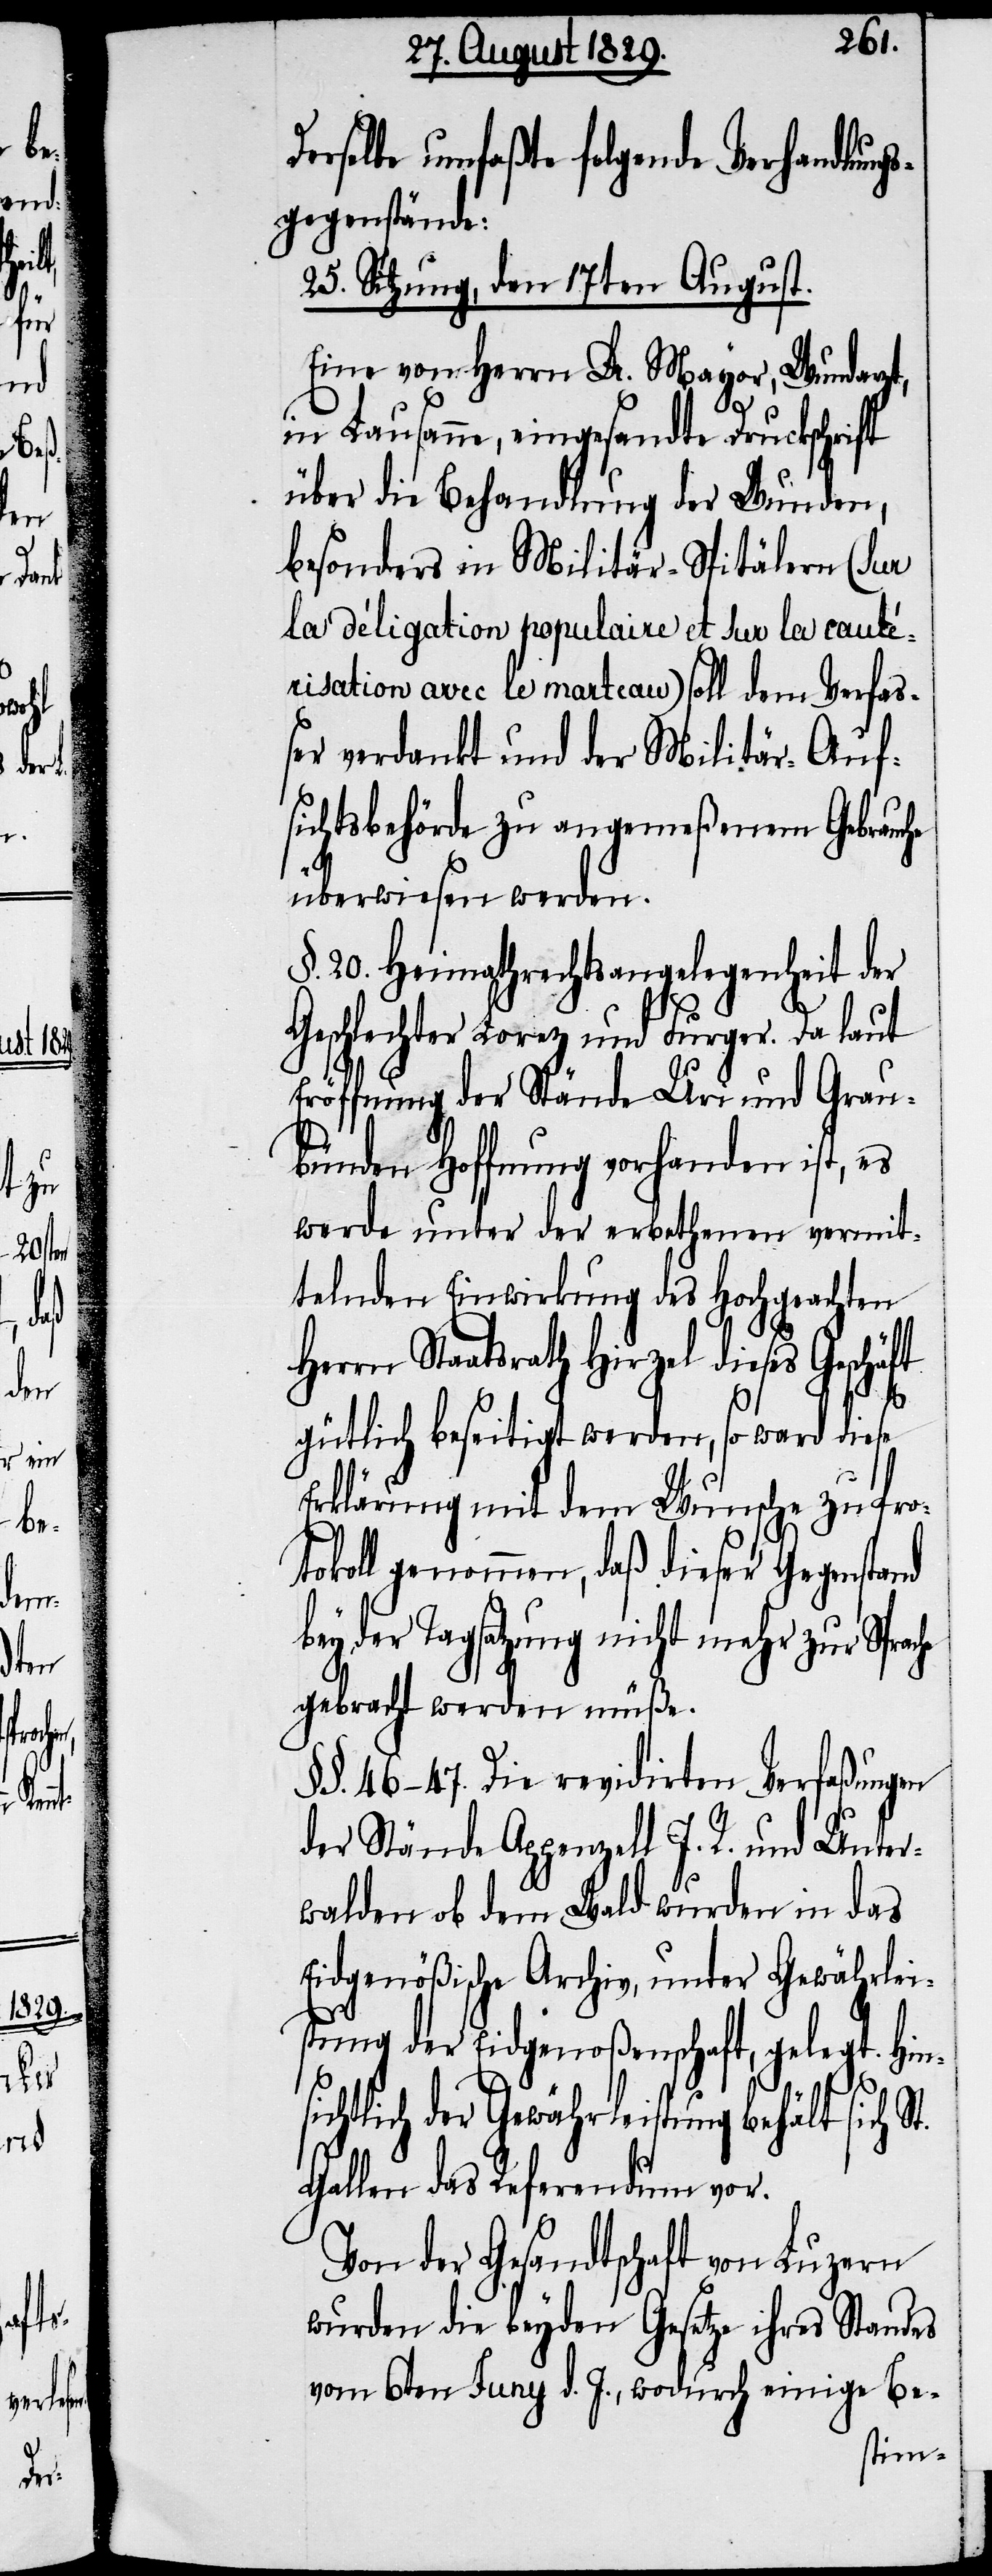
si¬

St.

Derselbe umfaßte folgende Verhandlung¬
sgegenstände:
25. Sitzung, den 17ten August.
Eine von Herrn Dr. Mayor, Wundarzt,
in Lausanne, eingesandte Druckschrift
über die Behandlung der Wunden,
besonders in Militär-Spitälern (sur
la déligation populaire et sur la cauté¬
risation avec le marteau) soll dem Verfa¬
ßer verdankt und der Militär-Auf¬
sichtsbehörde zu angemeßenem Gebrauche
überwiesen werden.
§. 20. Heimathrechtsangelegenheit der
Geschlechter Lorez und Furger. Da laut
Eröffnung der Stände Uri und Grau¬
bünden Hoffnung vorhanden ist, es
werde unter der erbethenen vermit¬
telnden Einwirkung des Hochgeachten
Herrn Staatsrath Hirzel dieses Gesch¬
gütlich beseitigt werden, so ward diese
Erklärung mit dem Wunsche zu Pro¬
tokoll genommen, daß dieser Gegenstand
bey der Tagsatzung nicht mehr zur Spra¬
gebracht werden müße.
§§. 46–47. Die revidirten Verfaßungen
der Stände Appenzell I. R. und Unter¬
walden ob dem Wald wurden in das
Eidgenößische Archiv, unter Gewährlei¬
stung der Eidgenoßenschaft, gelegt. Hin¬
chtlich der Gewährleistung behält sich
Gallen das Referendum vor.
Von der Gesandtschaft von Luzern
wurden die beyden Gesetze ihres Standes
vom 6ten Juny d. J., wodurch einige Be-